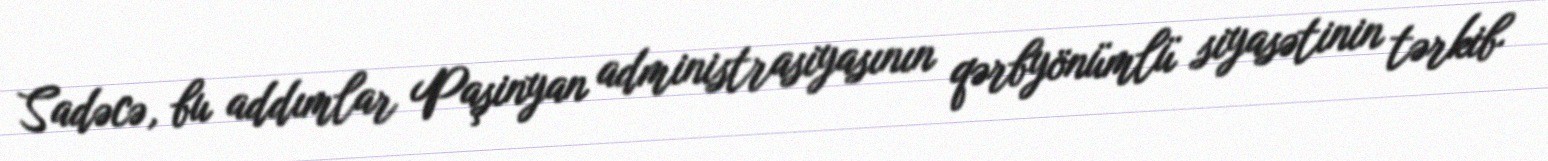
Sadəcə, bu addımlar Paşinyan administrasiyasının qərbyönümlü siyasətinin tərkib